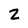
Character: Z